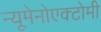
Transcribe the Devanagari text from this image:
न्यूमेनोएक्टोमी